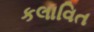
કલાવિત